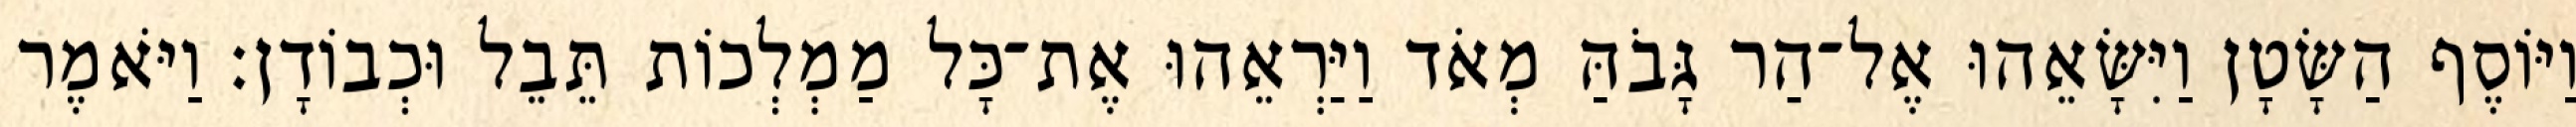
וַיּוֹסֶף הַשָּׂטָן וַיִּשָּׂאֵהוּ אֶל־הַר גָּבֹהַּ מְאֹד וַיַּרְאֵהוּ אֶת־כָּל מַמְלְכוֹת תֵּבֵל וּכְבוֹדָן׃ וַיֹּאמֶר